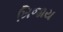
ખિજાય